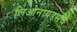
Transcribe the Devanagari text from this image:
लिओनायडसचे